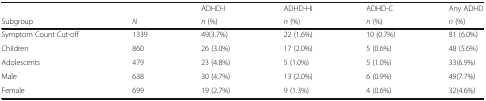
<table><thead><tr><td></td><td></td><td><b>ADHD-I</b></td><td><b>ADHD-HI</b></td><td><b>ADHD-C</b></td><td><b>Any ADHD</b></td></tr><tr><td><b>Subgroup</b></td><td><b><i>N</i></b></td><td><b><i>n</i> (%)</b></td><td><b><i>n</i> (%)</b></td><td><b><i>n</i> (%)</b></td><td><b><i>n</i> (%)</b></td></tr></thead><tbody><tr><td>Symptom Count Cut-off</td><td>1339</td><td>49(3.7%)</td><td>22 (1.6%)</td><td>10 (0.7%)</td><td>81 (6.0%)</td></tr><tr><td>Children</td><td>860</td><td>26 (3.0%)</td><td>17 (2.0%)</td><td>5 (0.6%)</td><td>48 (5.6%)</td></tr><tr><td>Adolescents</td><td>479</td><td>23 (4.8%)</td><td>5 (1.0%)</td><td>5 (1.0%)</td><td>33(6.9%)</td></tr><tr><td>Male</td><td>638</td><td>30 (4.7%)</td><td>13 (2.0%)</td><td>6 (0.9%)</td><td>49(7.7%)</td></tr><tr><td>Female</td><td>699</td><td>19 (2.7%)</td><td>9 (1.3%)</td><td>4 (0.6%)</td><td>32(4.6%)</td></tr></tbody></table>